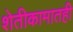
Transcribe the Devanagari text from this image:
शेतीकामातही